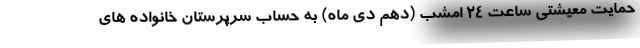
حمایت معیشتی ساعت ۲۴ امشب (دهم دی ماه) به حساب سرپرستان خانواده های